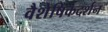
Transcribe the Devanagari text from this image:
वैशेषिकदर्शन